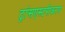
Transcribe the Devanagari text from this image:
ट्रांसएस्टरीकरण